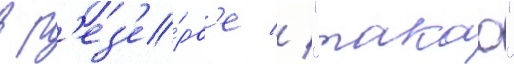
в р'ез'е́рв'е // "такао"